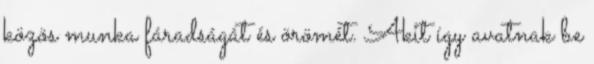
közös munka fáradságát és örömét. Akit így avatnak be